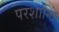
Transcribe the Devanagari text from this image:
परशान्तिं